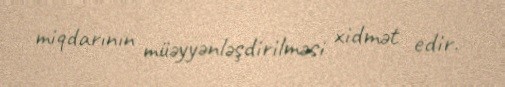
miqdarının müəyyənləşdirilməsi xidmət edir.